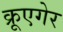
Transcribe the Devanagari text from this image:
क्रूएगेर